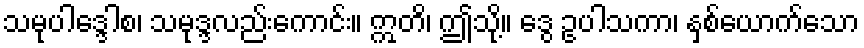
သမုပါဒ္ဒေါစ၊ သမုဒ္ဒလည်းကောင်း။ ဣတိ၊ ဤသို့။ ဒွေ ဥပါသကာ၊ နှစ်ယောက်သော